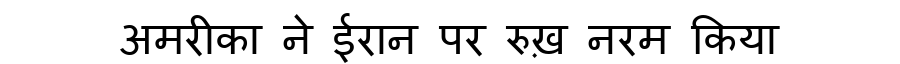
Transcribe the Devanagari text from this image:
अमरीका ने ईरान पर रुख़ नरम किया